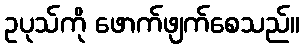
ဥပုသ်ကို ဖောက်ဖျက်စေသည်။